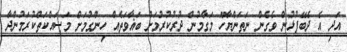
އަދި އެ ދެބޭފުޅުން ވެގެން ނަތަންޔާހޫ މަގާމުން ދުރުކުރުމަށް ބަޣާވަތެއް ހިންގުމަށް މަސައްކަތްކުރަމުންދާ